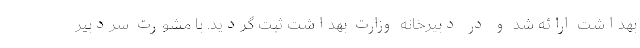
بهداشت ارائه شد و در دبیرخانه وزارت بهداشت ثبت گردید. با مشورت سردبیر